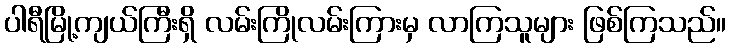
ပါရီမြို့ကျယ်ကြီးရှိ လမ်းကြိုလမ်းကြားမှ လာကြသူများ ဖြစ်ကြသည်။